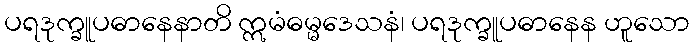
ပရဒုက္ခူပဓာနေနာတိ ဣမံဓမ္မဒေသနံ၊ ပရဒုက္ခူပဓာနေန ဟူသော